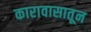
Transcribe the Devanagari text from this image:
कारावासातून